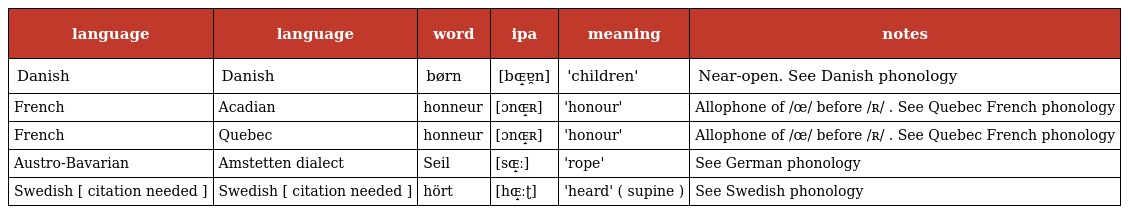
| language | language | word | ipa | meaning | notes |
 | --- | --- | --- | --- | --- | --- |
 | Danish | Danish | børn | [bɶ̝ɐ̯n] | 'children' | Near-open. See Danish phonology |
 | French | Acadian | honneur | [ɔnɶ̝ʀ] | 'honour' | Allophone of /œ/ before /ʀ/ . See Quebec French phonology |
 | French | Quebec | honneur | [ɔnɶ̝ʀ] | 'honour' | Allophone of /œ/ before /ʀ/ . See Quebec French phonology |
 | Austro-Bavarian | Amstetten dialect | Seil | [sɶ̝ː] | 'rope' | See German phonology |
 | Swedish [ citation needed ] | Swedish [ citation needed ] | hört | [hɶ̝ːʈ] | 'heard' ( supine ) | See Swedish phonology |